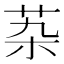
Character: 𰰶